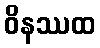
ဝိနဿထ